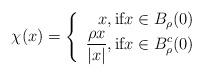
LaTeX: \begin{align*}\chi(x) =\left\{\begin{array}{rcl} x, \mbox{if} x \in B_{\rho}(0)\\ \displaystyle\frac{\rho x}{\vert x\vert}, \mbox{if} x \in B^{c}_{\rho}(0)\\\end{array}\right.\end{align*}